Vital statistics of India. Vol. VI, European troops 1870-79
Year: 1870
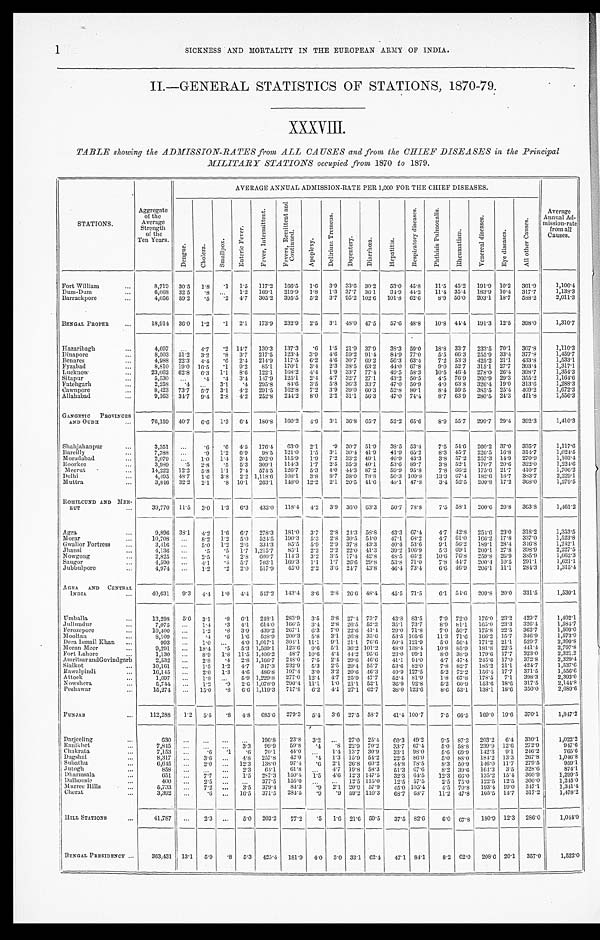
1
SICKNESS AND MORTALITY IN THE EUROPEAN ARMY OF INDIA.
II.—GENERAL STATISTICS OF STATIONS, 1870-79.
XXXVIII.
TABLE showing the ADMISSION-RATES from ALL CAUSES and from the CHIEF DISEASES in the Principal
MILITARY STATIONS occupied from 1870 to 1879.
STATIONS.
Aggregate
of the
Average
Strength
of the
Ten Years.
AVERAGE ANNUAL ADMISSION-RATE PER 1,000 FOR THE CHIEF DISEASES.
Average
Annual Ad-
mission-rate
from all
Causes.
D e n g u e .
Chol er a.
S m a l l p o x .
E n t e r i c F e v e r .
F e v e r , I n t e r m i t t e n t .
F e v e r s , R e m i t t e n t a n d C o n t i n u e d .
A p o p l e x y .
D e l i r i u m T r e m e n s .
D y s e n t r y .
D i a r r h œ a .
H e p a t i t i s .
R e s p i r a t o r y d i s e a s e s .
P h t h i s i s P u l m o n a l i s .
R h e m u m a t i s m .
V e n e r a l d i s e a s e s .
E y e d i s e a s e s .
A l l o t h e r C a u s e s .
Fort William . . .
8,719
30.5
1.8
.1
1.5
117.2
166.5
1.6
3.9 33.6 30.2
53.0 45.8
11.5 45.2
191.9 10.2
361.9
1,106.4
Dum -Dum . . .
6,068 32.5
.8
. . .
1.2
169.1
219.9
1.8
1.3 37.7 36.1
34.9 44.2
11.4 35.4
183.9 10.4
317.7
1,138.3
Barrackpore . . .
4,056
59.2
.5
.2
4.7
305.2
395.5
5.2
3.7 95.2 102.6 101.8 62.6
8 . 9 56.0 203.1 18.7
588.2
2,011.3
BENGAL PROPER . . .
18,914 36.0
1.2
.1
2.1
173.9
232.9
2.5
3.1 48.0 47.5
57.6 48.8
10.8 44.4 191.3 12.5
398.0
1,310.7
Hazaribagh . . .
4,697
. . .
4.7
.2 14.7
130.3
137.3
. 6 1.5 21.9 37.9
38.3 59.0
18.8 33.7
233.5 70.1
307.8
3,110.3
Dinapore . . .
8,503
51.2
3.2
.8
3.7
217.5
123.4
3.9
4.6 59.2 91.4
84.9 77.0
5.5 66.3
255.9 33.4
377.8
1,459.7
Benares . . .
4,988 22.3
4.4
.6
2.1.
214.9
117.5
6.2
4..6 30.7 69.2
56.3 63.4
7.2 53.3
425.2 21.1
433.8
1,533.1
Fyzabad . . .
8,810 19.0 16.5
.1
9.2
85.1
170.1
3.4
2.3 38.5 63.2
44.0 67.8
9.0 52.7
315.1 27.7
393.4
1,317.1
Lucknow . . .
23,062 62.8
6.3
1.1
9.6
122.1
168.2
4.4
1.9 33.7 77.4
49.5 58.3
10.5 46.4 278.0 26.4
398.7
1,354.3
Sitapur . . .
5,530
. . .
. 4
.4
3.4
147.9
125.1
2.4
4.7 32.7 27.1
43.2 50.5
4.5 76.9
260.9 29.3
355.2
1,164.6
Fatehgarh . . .
2,253
.4
. . .
3.1
. 4 295.8
8 4. 6 3.5
5.8 36.3 33.7
47.0 50.9
4.0 63.8
326.4 19.0
313.6
1,288.3
Cawnpore . . .
8,423 73.7
5.7
3.1
4.2
291.5
162.8
7.2
3.9 39.0 60.3
52.8 80.1
8.4 59.5
385.5 25.4.
409.2
1,672.3
A l l a h a b a d . . .
9 , 1 6 3
34.7
9.4
2.8
4.2
252.8
244.2
8.0
2.2 31.1 56.3
47.0 74.4
8.7 63.9
280.5 24.3
411.8
1,556.3
GANGETIC
PROVINCES
AND OUDH . . .
76,159 40.7
6.6
1.3
6.4 180.8
160.2
4.9
3.1 36.8 65.7
52.2 65.6
8.9 55.7
299.7 29.4
392.3
1,410.3
Shahjahanpur . . .
3,351
. . .
.6
.6
4.5
176.4
63.0
2.1
.9 30.7 51.9
38.5 53.4
7.5 54.6
260.2 37.0
335.7
1,117.6
Bereilly . . .
7,788
. . .
.9
1.2 6.9
98.5
121.0
1. 5 3.1 30.4 41.9
41.9 65.2
8.3 45.7
226.5 16.8
314.7
1,024.5
Moradabad . . .
2,079
. . .
1 . 0 1.4
3.4
202.0
115.9
1.9
7.2 33.2 49.1
40.9 43.3
3.8 57.2 257.3 14.9
270.9
1 , 1 0 3 . 4
Roorkee . . .
3,989
.5
2.8
.5
5.3
309.1
114.3
1.7
2.5 35.3 40.1
53.6 89.7
3.8 52.1
170.7 20.6
322.0
1,224.6
M eerut . . .
14,222 12.2
5.8
1.1
7.4
574.5
126.7
5.3
4.0 44.3 87.2
59.9 95.8
7.8 66.2
175.6 21.7
410.7
1,706.2
Delhi . . .
4,495 48.7
1.6
3.8
2.2 1,118.6
108.1
3.8
8 . 7 38.0 78.8
50.3 100.8
13.3 67.4 182.6
1 8 . 7 383.7
2,29.1
Muttra . . .
3,816 32.2
2.1
.8 10.1
263.1
148.0 12.2
2.1 20.5 44.6
48.1 47.8
3.4 52.5
209.8 17.2
368.0
1,279.5
ROHILCUND AND MEE
-
RUT . . .
39,770 11.5
3.0
1.3
6.3
433'.0 118.4
4.2
3.9 36.0 63.3
50.7 78.8
7.5 58.1
200.6 20.8
363.8
1,461.2
Agra
9,896 38.1
4.2
1.6
6.7
278.3
181.0
3.7
2.8 24.3 58.8
43.3 67.4
4 . 7 42.8
254.6 23.0
318.2
1,353.5
Morar . . .
10,708
. . .
8.2
1.2
5.0
524.5
190.3
5.3
2.8 30.5 54.0
4 7 . 1 68.2
4 . 7 61.0
166.2 17.8
337.0
1,523.8
Gwalior Fortress . . .
3,416
. . .
5.0
1.2
2.6
334.3
85.5
5.9
2.9 37.8 43.3
40.4 536
9.1 56.2
189.1 28.4
346.8
1,242.1
Jhansi . . .
4,136
. . .
.5
.5
1.7 1,215.7
85.1
2.2
2.2 22.0 41.3
39.2 106.9
5.3 69.1
209.1 27.8 398.9
2,227.5
Nowgong . . .
2,825
. . .
2.5
. 4 2.8 600.7
114.3
3.2
3.5 17.4 42.8
48.5 66.2
10.6 76.8 259.8 26.9
385.0
1,662.3
Saugor . . .
4,590
. . .
4.1
.4
5.7
703.1
169.3
1.1
1.7 26.6 29.8
53.8 71.0
7.8 44.7 200.4 10.5
291.1
1,621.1
J ubbulpore . . .
4,974
. . .
1.2
.2
2.0
517.9
45.0
2.2
3.6 24.7
4 3 . 8
4 6 . 4 73.4
6 . 6 46.9 206.1 11.1
284.3
1,315.4
AGRA AND CENTRAL
INDIA . . .
40,631
9.3
4.4
1 . 0
4.4
547.2
143.4
3.6
2 . 8
26.6 48.4
45.5 71.5
6.1 54.6
209.8 20.0
331.5
1,530.1
Umballa . . .
13,298
5.6
3.1
. 8 6.1
248.1
283.9
3.5
3.8 27.4 73.7
43.8 83.5
7.9 72.0
176.0 23.2
429.7
1,492.1
Jullundur . . .
7,075
. . . 1.4
.3
4.1
614.0
166.5 3.4
2.8 26.5 52.2
35.1 73.7
8.9 81.1
165.0 23.3
326.4
1,584.7
Ferozepore . . .
10,400
. . . 1.2
.8
3.9
439.2
267.1
6 . 3 7.0 22.6
4 1 . 4
29.0 71.8
7.0 50.7
175.8 22.5
362.7
1,509.0
Mooltan . . .
8,109
. . .
.4
.6
1.6
528.9 200.3
5.8
3.1
2 6 . 8 35.6
53.5 105.6
11.3 71.6
166.2 15.7
346.9
1,573.9
Dera Ismail Khan . . .
993
. . . 1.0
. . .
4.0 1,017.1
304.1 11.1
9.1 21. 1 76.6
50.4 121.9
5.0 56.4 171.2 21.1
529.7
2,399.8
Meen Meer . . .
9,291
. . . 18.4
.5
5.3 1,569.1
123.6
9.6
5.1 36.2 101.2
48.0 138.4
10.8 85.9
181.8 22.5
441.4
2,797.8
Fort Lahore . . .
1,130
. . . 8.9
1 . 8 11.5 1,406.2
48.7 10.6
4.4
4 4 . 2 95.6
23.0 99.1
8.0 38.9
179.6 17.7
323.0
2,321.2
Amritsar andGovindgarh . . .
2,532
. . . 2.8
.4
2.8 1,166.7
248.0
7.5
2.4 29.6
4 6 . 6
4 1 . 1
9 4 . 0
4.7 47.4
245.6 17.0
372.8
2,329.4
Sialkot . . .
10,161
. . .
1 . 5 1.2
4.7
347.3
232.9
5.3 2.5 29.4 55.7
53.6 82.0
7.8 82.7
185.2 21.1
424.7
1,537.6
Rawalpindi . . .
16,145
. . . 2.0 1.3
4..6 486.8
197.4
3.0
3.2 20.6 46.3
40.9 127.5
5.2 72.2
156.4
1 7 . 7 371.5
1,556.6
A ttock . . .
1,697
. . . 1.8
. . .
5.9 1,229.8 277.0 12.4
4.7 25.9 47.7
52.4 81.9
1.8 67.8
178.5
7.1
398.3
2,393.0
N owshera . . .
5,744
. . . 1.2
.9
2.6 1,078.9
290.4 11.1
1.0 21.1. 52.1
36.9 92.8
5.2 60.9
153.6 18.6
3 5 0 . 0
2 , 1 4 4 . 8
Peshawar . . .
1 5 , 2 7 4
. . . 15.0
. 8 6.6 1,119.3
717.8 6.2 4.1 27.1 62.7
38.0 123.6
8.6 53.1
138.1 18.6
3 5 0 . 0
2, 689. 6
PUNJAB . . .
112,288
1.2
5.5
. 8 4.8 685.6
279.3
5.4 3.6 27.5 58.7
41.4 100.7
7.5 66.5
169.0 19.6
370.1
1,847.2
Darjeeling. . .
6 3 0
. . .
. . .
. . .
. . .
196.8
23.8
3.2
. . .
27.0 25.4
60.3 49.2
9.5 87.3
203.2
6.4 330.1
1,022.2
Ranikhet . . .
7,845
. . .
. . . . . .
3.3
99.9
59.8
.4
. 8 22.9 70.2
33.7 67.4
5 . 0 58.8 239.9 12.6
272.9
947.6
Chakrata . . .
7,153
. . .
. 6 .1
.6
70.1
4 4 . 0
. . .
1 . 4 13.7 30.9
33.1 98.0
5.6 69.9
142.3 9.1
246.2
765.6
Dagshai . . .
8,317
. . .
3.6
. . . 4.8 257.3
42.0
. 4
1.3 15.9 54.2
22.5 86.0
5.0 88.0
184.2 13.3
267.8
1,046.8
S u b a t h u . . .
6,645
. . .
2 . 0
. . . 12.3
138.0
97.4
. 6 2.1 26.8 60.2
44.8 78.5
8.3 50.9 146.0 11.7
279.5
959.1
J u t o g h . . .
858
. . .
. . .
. . .
2.3
64.1
61.8
. . .
4 . 7 19.8 58.3
51.3 67.6
8.2 39.6
164.3 3.5
328.6
874.1
D h a r m s a l a . . .
651
. . .
7.7
. . .
1.5
287.3
150.1
1.5
1.6 12.3 147.5
32.3 64.5
12.3 66.0
135.2 15.4 360.9
1,299.5
Dalhousic . . .
4 0 0
. . .
2.5
. . .
. . .
377.5
155.0
. . .
. . .
12.5 115.0
12.5 57.5
2.5 75.0
122.5 12.5 300.0
1,245.0
Murree Hills . . .
5,733
. . .
7.2
. . .
3.5
379.4
84.3
.9
2.1 20.9 57.9
45.0 105.4
4.5 70.8
1 9 3 . 4 19.0
347.1
1,341.4
c h e r a t . . .
3,392
. . .
. 6
. . .
16.5
371.5
284.5
.9
.9 59.2 110.3
68.7 68.7
11.2 47.8
1 0 5 . 5 14.7
317.2 1,478.2
HILL STATIONS . . .
4 1 , 7 8 7
. . .
2.3
. . .
5 . 0 203.2
77.2
.5
1 . 6 21.6 59.5
37.5 82.6
6.0 67.8 180.9 12.3
286.0
1,044.0
BENGAL PRESIDENCY . . .
363,431
13.1
5.9
.8
5.3
425.4
181.9
4.0
3.0 33.1 62.4
47.1 84.1
8.2 62.0
208.6 20.1
357.0
1,522.0